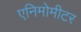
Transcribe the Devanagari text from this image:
एनिमोमीटर